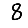
Digit: 8